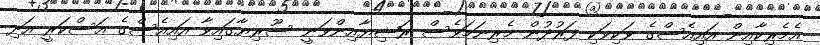
އެމެރިކާއިން އައިއެސްގެ ވަކިވަކި ފަރުދުން މެރިނަމަވެސް ރަޝިޔާއިންވަނީ ސޫރިޔާގައިވާ އައިއެސްގެ އަސްކަރީ އަދި